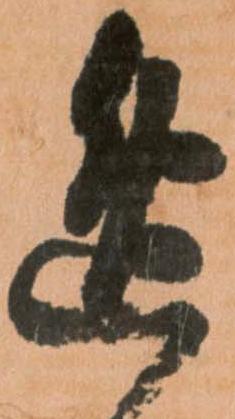
逸